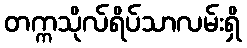
တက္ကသိုလ်ရိပ်သာလမ်းရှိ